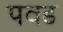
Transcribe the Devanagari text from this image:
पवड